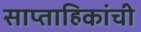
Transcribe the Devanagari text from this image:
साप्ताहिकांची